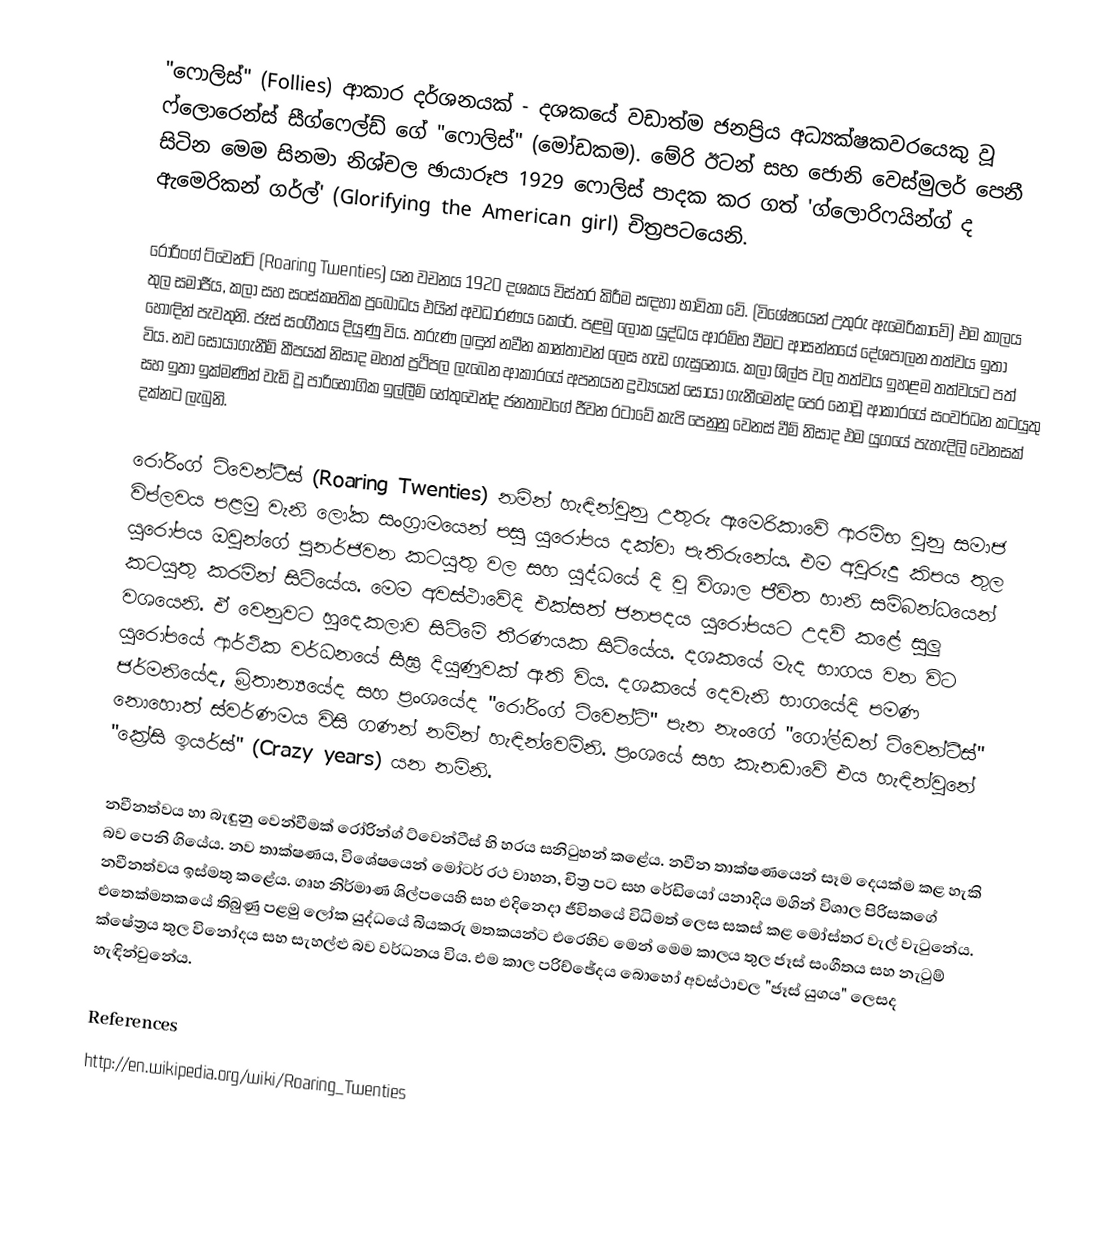
"ෆොලිස්" (Follies) ආකාර දර්ශනයක් -  දශකයේ වඩාත්ම ජනප්‍රිය අධ්‍යක්ෂකවරයෙකු වූ ෆ්ලොරෙන්ස් සීග්ෆෙල්ඩ් ගේ "ෆොලිස්" (මෝඩකම). මේරි ඊටන් සහ ජොනි වෙස්මුලර් පෙනී සිටින මෙම සිනමා නිශ්චල ඡායාරූප 1929 ෆොලිස් පාදක කර ගත් 'ග්ලොරිෆයින්ග් ද ඇමෙරිකන් ගර්ල්' (Glorifying the American girl) චිත්‍රපටයෙනි.

රෝරිංග් ට්වෙන්ටි (Roaring Twenties) යන වචනය 1920 දශකය විස්තර කිරීම සඳහා භාවිතා වේ. (විශේෂයෙන් උතුරු ඇමෙරිකාවේ) එම කාලය තුල සමාජීය, කලා සහ සංස්කෘතික ප්‍රබෝධය එයින් අවධාරණය කෙරේ. පළමු ලෝක යුද්ධය ආරම්භ වීමට ආසන්නයේ දේශපාලන තත්වය ඉතා හොඳින් පැවතුනි. ජෑස් සංගීතය දියුණු විය. තරුණ ලඳුන් නවීන කාන්තාවන් ලෙස හැඩ ගැසුනෝය. කලා ශිල්ප වල තත්වය ඉහළම තත්වයට පත් විය. නව සොයාගැනීම් කීපයක් නිසාද මහත් ප්‍රථිපල ලැබෙන ආකාරයේ අපනයන ද්‍රව්‍යයන් සොයා ගැනීමෙන්ද පෙර නොවූ ආකාරයේ සංවර්ධන කටයුතු සහ ඉතා ඉක්මණින් වැඩි වූ පාරිභෝගික ඉල්ලීම් හේතුවෙන්ද ජනතාවගේ ජීවන රටාවේ කැපි පෙනුනු වෙනස් වීම් නිසාද එම යුගයේ පැහැදිලි වෙනසක් දක්නට ලැබුනි.

රෝරිංග් ට්වෙන්ටීස් (Roaring Twenties) නමින් හැඳින්වුනු උතුරු ඇමෙරිකාවේ ආරම්භ වුනු සමාජ විප්ලවය පළමු වැනි ලෝක සංග්‍රාමයෙන් පසු යුරෝපය දක්වා පැතිරුනේය. එම අවුරුදු කිපය තුල යුරෝපය ඔවුන්ගේ පුනර්ජිවන කටයුතු වල සහ යුද්ධයේ දි වූ විශාල ජීවිත හානි සම්බන්ධයෙන් කටයුතු කරමින් සිටියේය. මෙම අවස්ථාවේදි එක්සත් ජනපදය යුරෝපයට උදව් කළේ සුලු වශයෙනි. ඒ වෙනුවට හුදෙකලාව සිටිමේ තීරණයක සිටියේය. දශකයේ මැද භාගය වන විට යුරෝපයේ ආර්ථික වර්ධනයේ සීඝ්‍ර දියුණුවක් ඇති විය. දශකයේ දෙවැනි භාගයේදි පමණ ජර්මනියේද, බ්‍රිතාන්‍යයේද සහ ප්‍රංශයේද "රෝරිංග් ට්වෙන්ටි" පැන නැංගේ "ගෝල්ඩන් ට්වෙන්ටීස්" නොහොත් ස්වර්ණමය විසි ගණන් නමින් හැඳින්වෙමිනි. ප්‍රංශයේ සහ කැනඩාවේ එය හැඳින්වුනේ "ක්‍රේසි ඉයර්ස්" (Crazy years) යන නමිනි.

නවීනත්වය හා බැඳුනු වෙන්වීමක් රෝරින්ග් ට්වෙන්ටීස් හි හරය සනිටුහන් කළේය. නවීන තාක්ෂණයෙන් සෑම දෙයක්ම කළ හැකි බව පෙනි ගියේය. නව තාක්ෂණය, විශේෂයෙන් මෝටර් රථ වාහන, චිත්‍ර පට සහ රේඩියෝ යනාදිය මගින් විශාල පිරිසකගේ නවීනත්වය ඉස්මතු කළේය. ගෘහ නිර්මාණ ශිල්පයෙහි සහ එදිනෙදා ජීවිතයේ විධිමත් ලෙස සකස් කළ මෝස්තර වැල් වැටුනේය. එතෙක්මතකයේ තිබුණු පළමු ලෝක යුද්ධයේ බියකරු මතකයන්ට එරෙහිව මෙන් මෙම කාලය තුල ජෑස් සංගීතය සහ නැටුම් ක්ෂේත්‍රය තුල විනෝදය සහ සැහල්ළු බව වර්ධනය විය. එම කාල පරිච්ඡේදය බොහෝ අවස්ථාවල "ජෑස් යුගය" ලෙසද හැඳින්වුනේය.

References
http://en.wikipedia.org/wiki/Roaring_Twenties